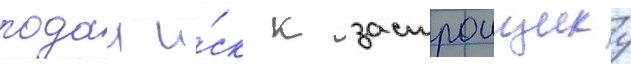
подал и́ск к застроищику